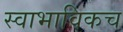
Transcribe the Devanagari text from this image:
स्‍वाभाविकच